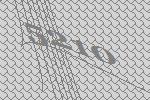
5210